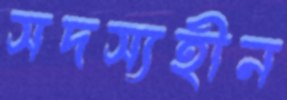
সদস্যহীন